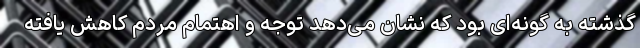
گذشته به گونه‌ای بود که نشان می‌دهد توجه و اهتمام مردم کاهش یافته